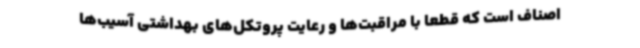
اصناف است که قطعا با مراقبت‌ها و رعایت پروتکل‌های بهداشتی آسیب‌ها